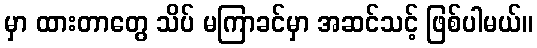
မှာ ထားတာတွေ သိပ် မကြာခင်မှာ အဆင်သင့် ဖြစ်ပါမယ်။